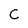
Character: C